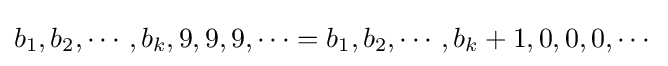
b_{1},b_{2},\cdots ,b_{k},9,9,9,\cdots =b_{1},b_{2},\cdots ,b_{k}+1,0,0,0,\cdots